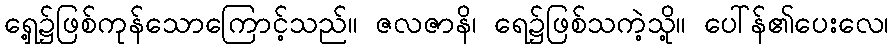
ရှေ့၌ဖြစ်ကုန်သောကြောင့်သည်။ ဇလဇာနိ၊ ရေ၌ဖြစ်သကဲ့သို့။ ပေါ်န်၏ပေးလေ၊